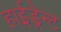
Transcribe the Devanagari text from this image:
हाईड्रेन्ट